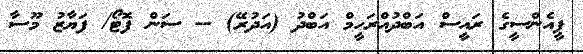
ޕީއެންސީގެ ރައީސް އަބްދުއްރަހީމް އަބްދު (އަދުރޭ) -- ސަން ފޮޓޯ/ ފަޔާޒު މޫސާ